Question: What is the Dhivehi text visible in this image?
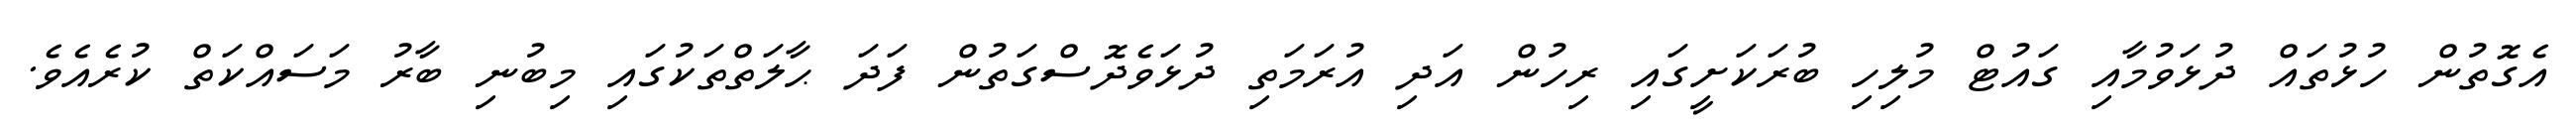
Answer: އެގޮތުން ހުޅުތައް ދުޅަވުމާއި ގައުޓް މުލިހި ބުރަކަށީގައި ރިހުން އަދި އުރަމަތި ދުޅަވެދޮސްގަތުން ފަދަ ޙާލަތްތަކުގައި މިބުނި ބާރު މަސައްކަތް ކުރެއެވެ.